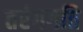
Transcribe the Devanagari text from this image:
तरंगगति